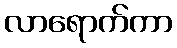
လာရောက်ကာ